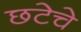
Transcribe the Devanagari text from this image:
छटेचे